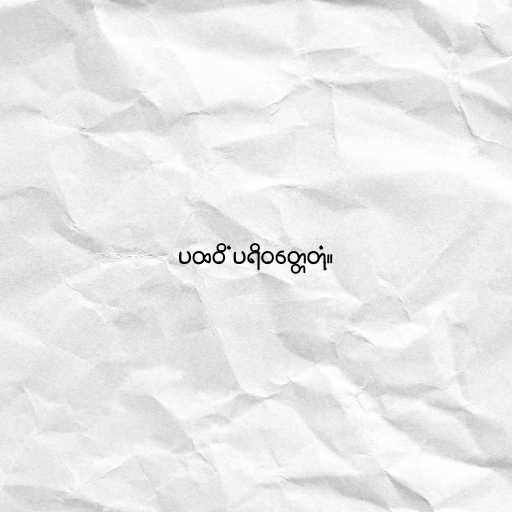
ပထဝိံ ပရိဝတ္တေတုံ။